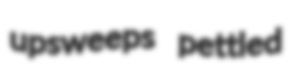
upsweeps pettled